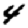
Digit: 4